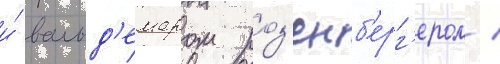
и́ вальд'емаром роз'енб'ерг'ером /